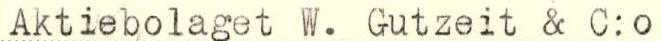
Aktiebolaget W. Gutzeit & C:o